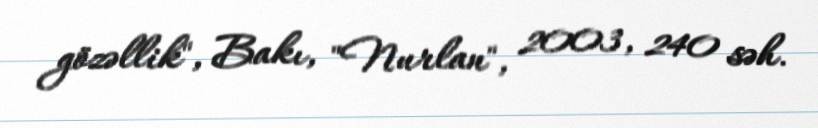
gözəllik", Bakı, "Nurlan", 2003, 240 səh.